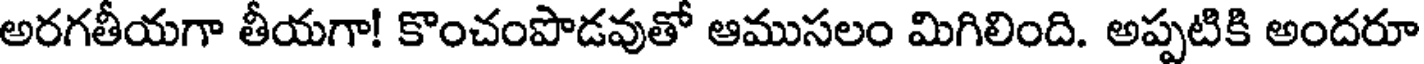
అరగతీయగా తీయగా! కొంచంపొడవుతో ఆముసలం మిగిలింది. అప్పటికి అందరూ